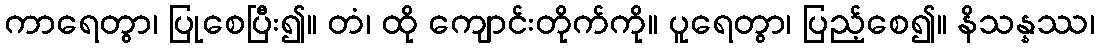
ကာရေတွာ၊ ပြုစေပြီး၍။ တံ၊ ထို ကျောင်းတိုက်ကို။ ပူရေတွာ၊ ပြည့်စေ၍။ နိသန္နဿ၊